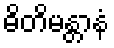
ဓိတိမန္တာနံ